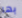
بها